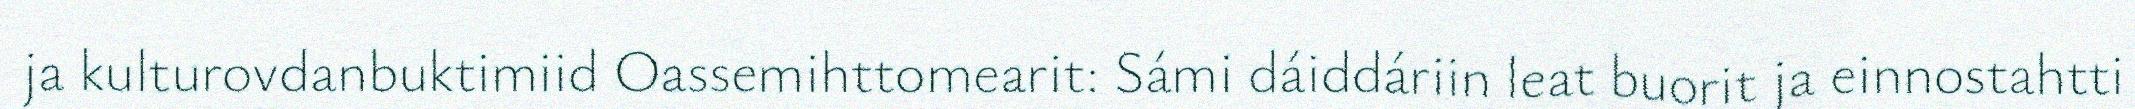
ja kulturovdanbuktimiid Oassemihttomearit: Sámi dáiddáriin leat buorit ja einnostahtti